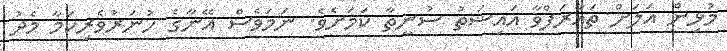
މުޅިން އަލަށް ތައާރަފްވާ އައިޝަތު ސުނީތާ ކަމަށެވެ. ނަމަވެސް އޭނާގެ ހުނަރުވެރިކަމާ މެދު